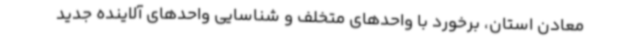
معادن استان، برخورد با واحدهای متخلف و شناسایی واحدهای آلاینده جدید